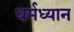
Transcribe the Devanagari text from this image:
धर्मध्यान